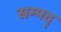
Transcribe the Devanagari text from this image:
सम्पद्